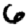
Digit: 6